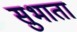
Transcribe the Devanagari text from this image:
सुभाता